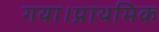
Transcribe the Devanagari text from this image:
गया।प्राथमिक